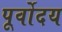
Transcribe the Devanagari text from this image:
पूर्वोदय